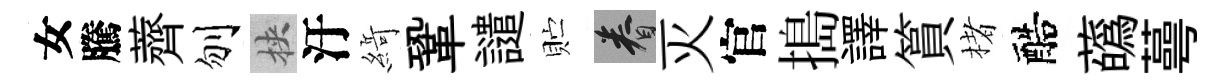
女騰薺刎挾汙𦂶鞏譴贮眷灭官搗譯篔楮醅蘤蕚